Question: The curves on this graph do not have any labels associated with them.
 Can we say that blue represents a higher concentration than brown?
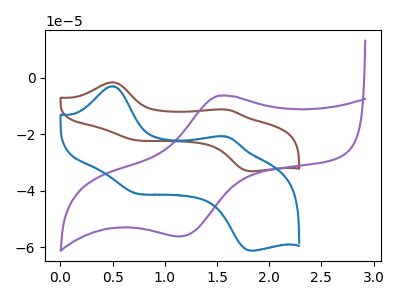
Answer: <think>The brown curve "brown" has anodic peaks at (0.50V, -1.60uA) (1.55V, -11.20uA) and cathodic peaks at (0.70V, -21.90uA) (1.85V, -33.05uA). The purple curve "purple" has an anodic peak at (1.50V, -6.35uA) and a cathodic peak at (1.15V, -56.15uA). The blue curve "blue" has anodic peaks at (0.50V, -3.00uA) (1.55V, -20.70uA) and cathodic peaks at (0.70V, -40.55uA) (1.85V, -61.15uA).
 All the peaks in "blue" have a peak in "brown" at the same potential.</think>
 <answer>I cant tell if "blue" or "brown" has higher concentration.</answer>
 <eval>mixed_concentration</eval>